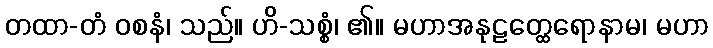
တထာ-တံ ဝစနံ၊ သည်။ ဟိ-သစ္စံ၊ ၏။ မဟာအနုဠတ္ထေရောနာမ၊ မဟာ